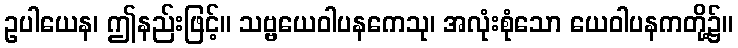
ဥပါယေန၊ ဤနည်းဖြင့်။ သဗ္ဗယေဝါပနကေသု၊ အလုံးစုံသော ယေဝါပနကတို့၌။